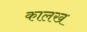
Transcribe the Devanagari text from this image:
कालख